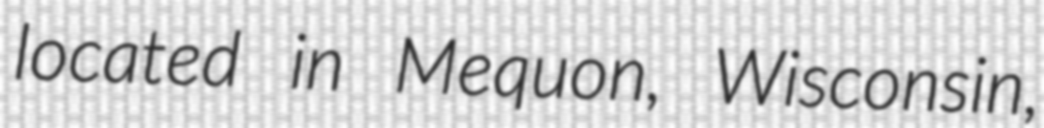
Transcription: located in Mequon, Wisconsin,